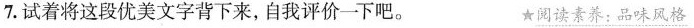
7.试着将这段优美文字背下来，自我评价一下吧。 ★阅读素养：品味风格